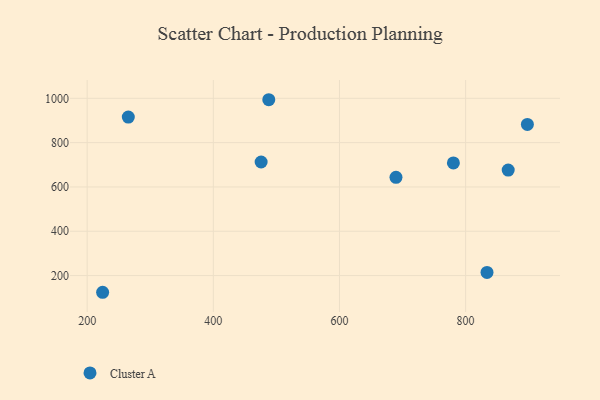
{"axis": {"x": "Distance", "y": "Exam Score"}, "legend": ["Cluster A"], "data": [{"x": "897.9", "y": 882.1, "type": "Cluster A"}, {"x": "780.6", "y": 708.2, "type": "Cluster A"}, {"x": "689.6", "y": 643.3, "type": "Cluster A"}, {"x": "265.2", "y": 915.2, "type": "Cluster A"}, {"x": "833.9", "y": 214.1, "type": "Cluster A"}, {"x": "487.9", "y": 993.6, "type": "Cluster A"}, {"x": "475.8", "y": 712.6, "type": "Cluster A"}, {"x": "224.5", "y": 124.6, "type": "Cluster A"}, {"x": "867.5", "y": 676.3, "type": "Cluster A"}]}